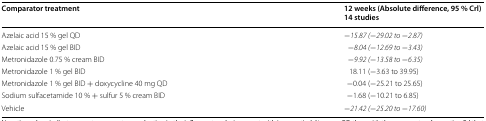
| Comparator treatment | 12 weeks (Absolute difference, 95 % Crl)14 studies |
 | --- | --- |
 | Azelaic acid 15 % gel QD | −15.87 (−29.02 to −2.87) |
 | Azelaic acid 15 % gel BID | −8.04 (−12.69 to −3.43) |
 | Metronidazole 0.75 % cream BID | −9.92 (−13.58 to −6.35) |
 | Metronidazole 1 % gel BID | 18.11 (−3.63 to 39.95) |
 | Metronidazole 1 % gel BID + doxycycline 40 mg QD | −0.04 (−25.21 to 25.65) |
 | Sodium sulfacetamide 10 % + sulfur 5 % cream BID | −1.68 (−10.21 to 6.85) |
 | Vehicle | −21.42 (−25.20 to −17.60) |